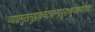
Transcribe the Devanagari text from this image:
व्याघ्रमुखसुह्मकर्वटचान्द्रपुराःषूर्पकर्णाष्च।